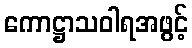
ကောဋ္ဌာသဝါရအဖွင့်